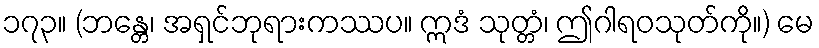
၁၇၃။ (ဘန္တေ၊ အရှင်ဘုရားကဿပ။ ဣဒံ သုတ္တံ၊ ဤဂါရဝသုတ်ကို။) မေ